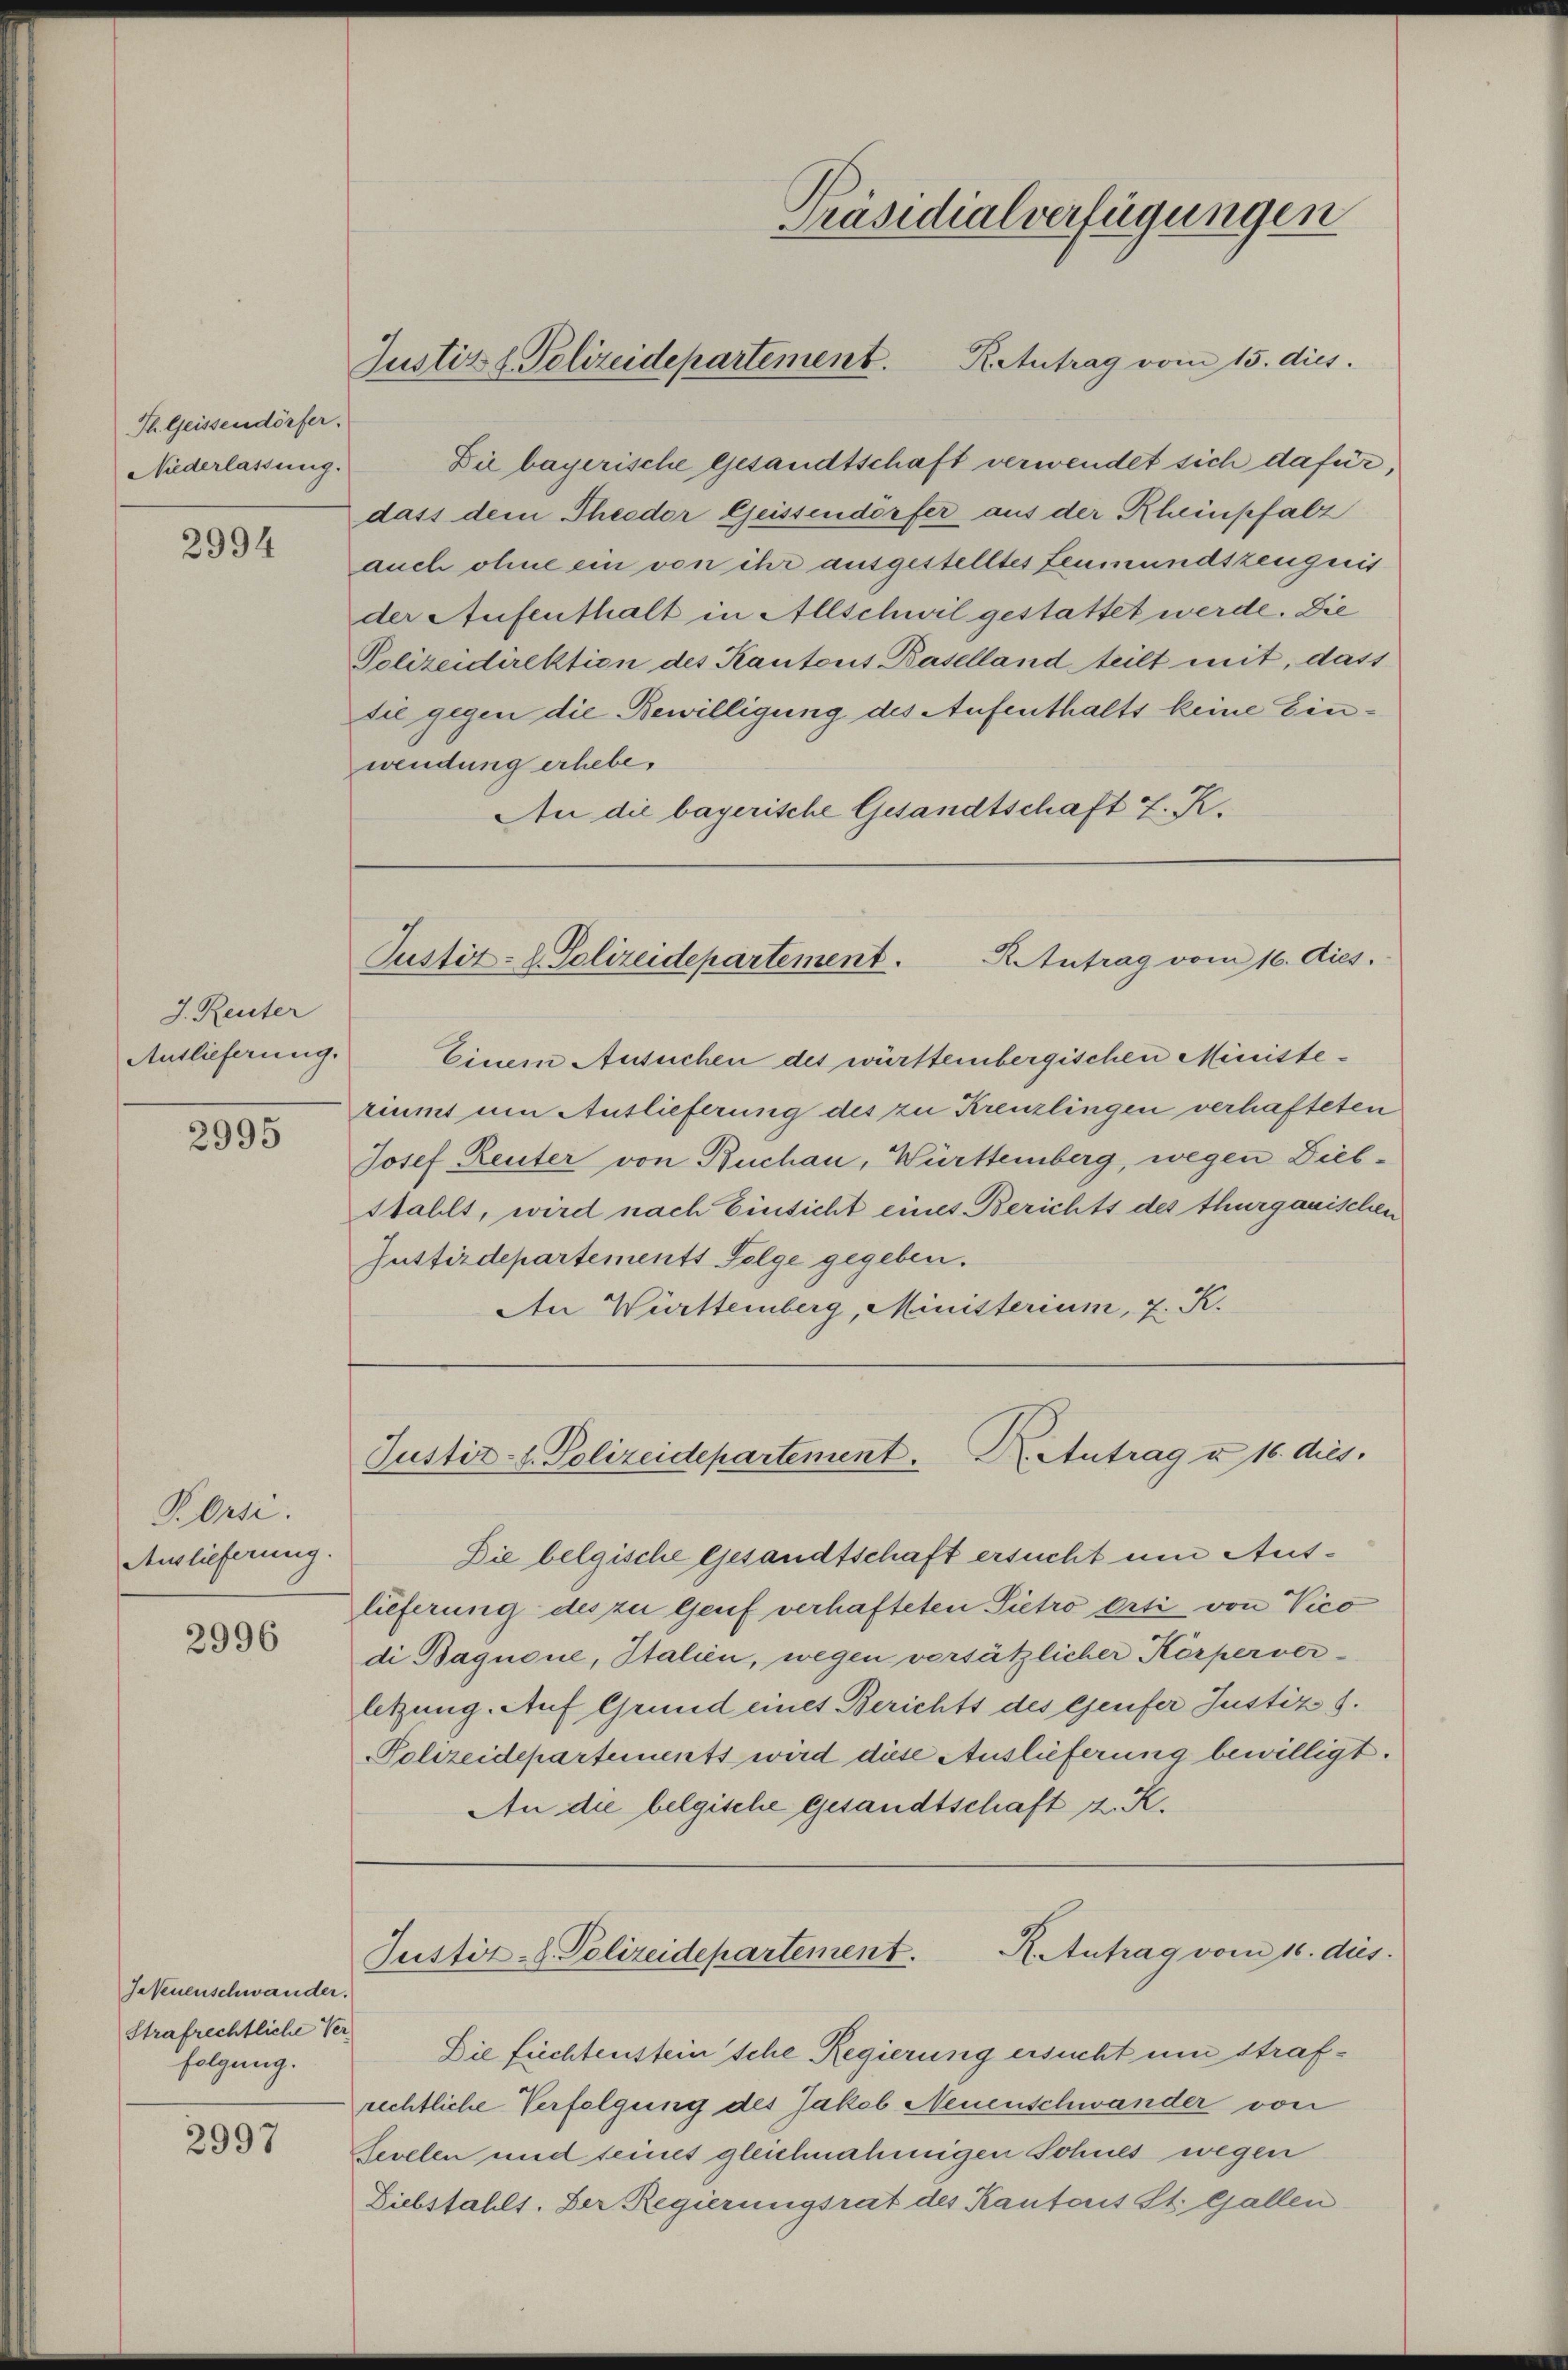
Th. Geissendörfer.
Niederlassung.

2994

J. Reuter
Auslieferung.

2995

P.Orsi.
Auslieferung.

2996

sesenenschwander.
Strafrechtliche Verfolgung.

2997

Präsidialverfügungen
Retutrag vom 15. dies.
Justiz & Polizeidepartement.

R. Antrag vom 16. dies.
Justiz- u. Polizeidepartement.

Justizdepartements Folge gegeben.

Justiz- u. Polizeidepartement. Dr. Antrag u. 16. dies.

Die belgische Gesandtschaft ersucht um Auslieferung des zu Genf verhafteten Pietro orti von Vico
di Bagnone, Italien, wegen versätzlicher Körperver-
letzung. Auf Grund eines Berichts des Genfer Justiz S.
Polizeidepartements wird diese Auslieferung bewilligt.
An die belgische gesandtschaft z. K.

Die bayerische Gesandtschaft verwendet sich dafür,
dass dem Theodor Geissendörfer aus der Rheinpfalz
auch ohne ein von ihr ausgestelltes Leumundszeugnis
der Aufenthalt in Allschwil gestattet werde. Die
Polizeidirektion des Kantons Baselland teilt mit, dass
sie gegen die Bewilligung des Aufenthalts keine Einwendung erhebe.
An die bayerische Gesandtschaft z. K.

Einem Ansuchen des württembergischen Ministeriumt um Auslieferung des zu Kreuzlingen verhafteten
Josef Reuter von Buchau, Württemberg, wegen Diebstahlt, wird nach Einsicht eines Berichts des thurganischen
An Württemberg, Ministerium, 2. K.

R. Antrag vom 16. dies
Justiz-C. Polizeidepartement.

Die fichtenstein sche Regierung ersucht um strafrechtliche Verfolgung des Jakob Neuenschwander von
Zevelen und seines gleichnahmigen Sohnes wegen
Diebstahlt. Der Regierungsrat des Kantons St. Gallen